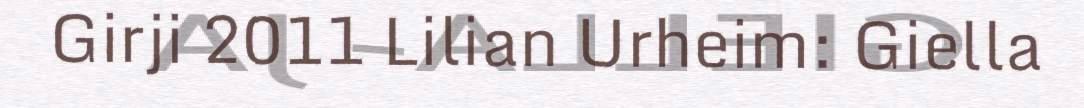
Girji 2011 Lilian Urheim: Giella